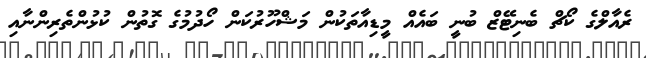
ރެއާލްގެ ކޯޗް ބެނިޓޭޒް ބުނީ ބައެއް މީޑިއާތަކުން މަޝްހޫރުކަން ހޯދުމުގެ ގޮތުން ކުޅުންތެރިންނާއި